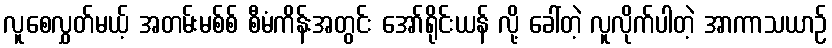
လူစေလွှတ်မယ့် အတမ်းမစ်စ် စီမံကိန်းအတွင်း အော်ရိုင်းယန် လို့ ခေါ်တဲ့ လူလိုက်ပါတဲ့ အာကာသယာဉ်